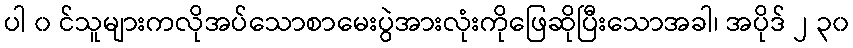
ပါ ၀ င်သူများကလိုအပ်သောစာမေးပွဲအားလုံးကိုဖြေဆိုပြီးသောအခါ၊ အပိုဒ် ၂ ၃၀